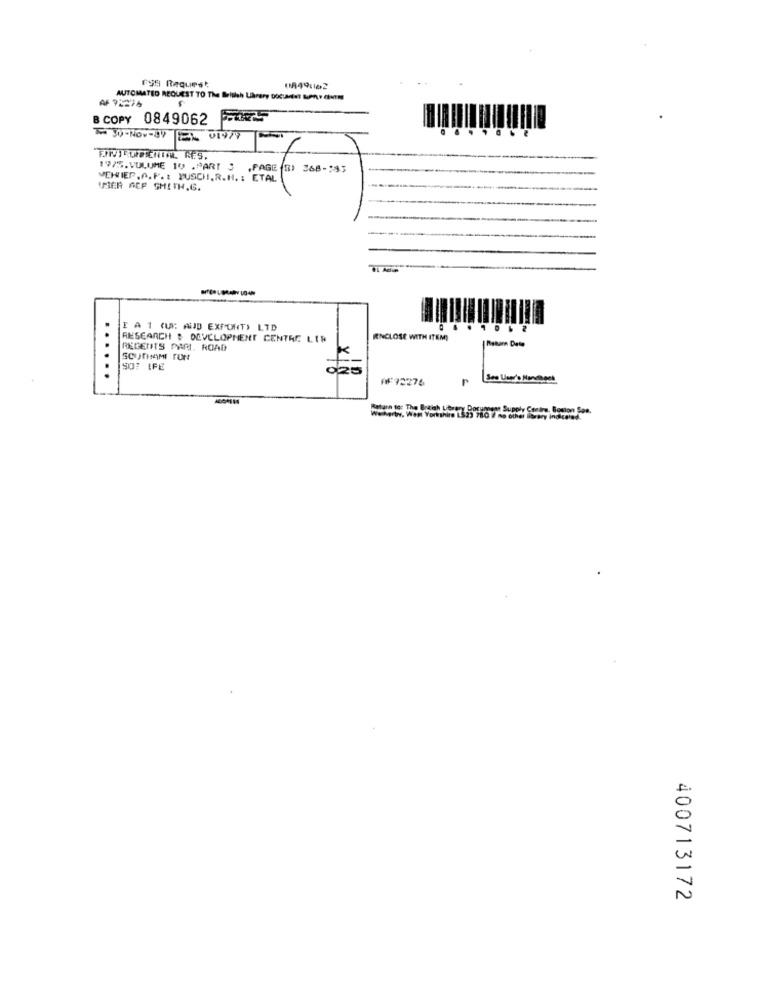
FOI Request
0949:122
AF 9:276
AUTOMATED REQUEST TO The British Uhrery DOCUMENT LuPP CENTRE
B COPY
0849062 747
To 30-Nov-34 1EN 019/9
1975.VULUME 10 .PART : , PAGE (3) 368-995
THIER. A. F. : BUSCH. R.H. : ETAL
UBIER GEF SMITH.6.
E AI (U: AUJD EXPORT) LTD
RESEARCH : OLVCLOPMENT CENTRE LIW
RNCLOSE WITH ITEM!
REGENTS PAR. ROAD
SOUTHAMI FOR
SO: IFE
......
AF72276
Return to: The British titrer Document Supply Contre, Boston Son,
Weherby. West Yorkshire 1523 7
C
N
400713172